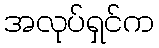
အလုပ်ရှင်က